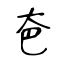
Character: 夿